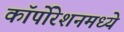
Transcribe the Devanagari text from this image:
कॉर्पोरेशनमध्ये